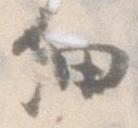
細